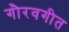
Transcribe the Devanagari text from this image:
गौरवगीत